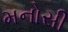
મનોસી